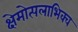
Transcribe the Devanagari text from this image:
क्षेमोत्पलाभिक्व